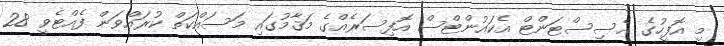
މި އޮފީހުގެ އެސިސްޓަންޓް އެކައުންޓްސް އޮފިސަރެއްގެ މަޤާމުގައި މަސައްކަތް ކުރައްވަން ފެއްޓެވީ 28